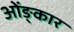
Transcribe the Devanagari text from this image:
ओंङ्कार